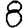
Digit: 8